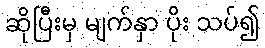
ဆိုပြီးမှ မျက်နှာ ပိုး သပ်၍